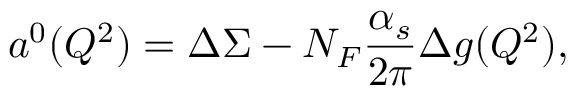
a ^ { 0 } ( Q ^ { 2 } ) = \Delta \Sigma - N _ { F } \frac { \alpha _ { s } } { 2 \pi } \Delta g ( Q ^ { 2 } ) ,